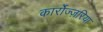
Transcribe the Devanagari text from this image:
कार्रोज्ज़रिया